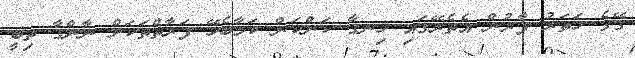
ގޭގެ ހަތަރު ފާރުން އެތެރޭގައި ހިނގާ ކަންކަން ކަމާބެހޭ ފަރާތްތަކަށް ނާންގާ ތިބީ